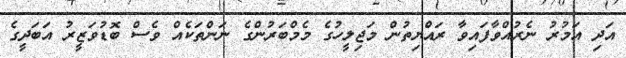
އަދި އަމުރު ނެރުއްވާފައިވާ ރައްޔިތުން މަޖިލީހުގެ މެމްބަރުންގެ ނަންތަކެއް ވެސް ބޮޑުވަޒީރު އަބަދީގެ